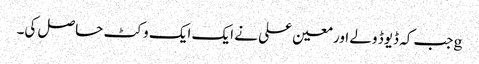
gجب کہ ڈیوڈ ولے اور معین علی نے ایک ایک وکٹ حاصل کی۔